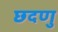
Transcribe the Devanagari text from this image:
छदणु